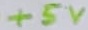
Text: +5V